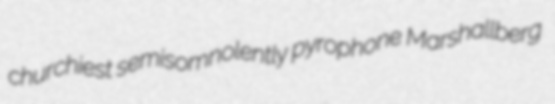
churchiest semisomnolently pyrophone Marshallberg